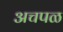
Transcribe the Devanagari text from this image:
अचपळ